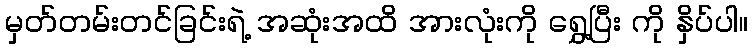
မှတ်တမ်းတင်ခြင်းရဲ့ အဆုံးအထိ အားလုံးကို ရွှေ့ပြီး ကို နှိပ်ပါ။